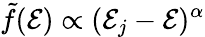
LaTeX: \tilde{f}({\cal E})\propto({\cal E}_{j}-{\cal E})^{\alpha}